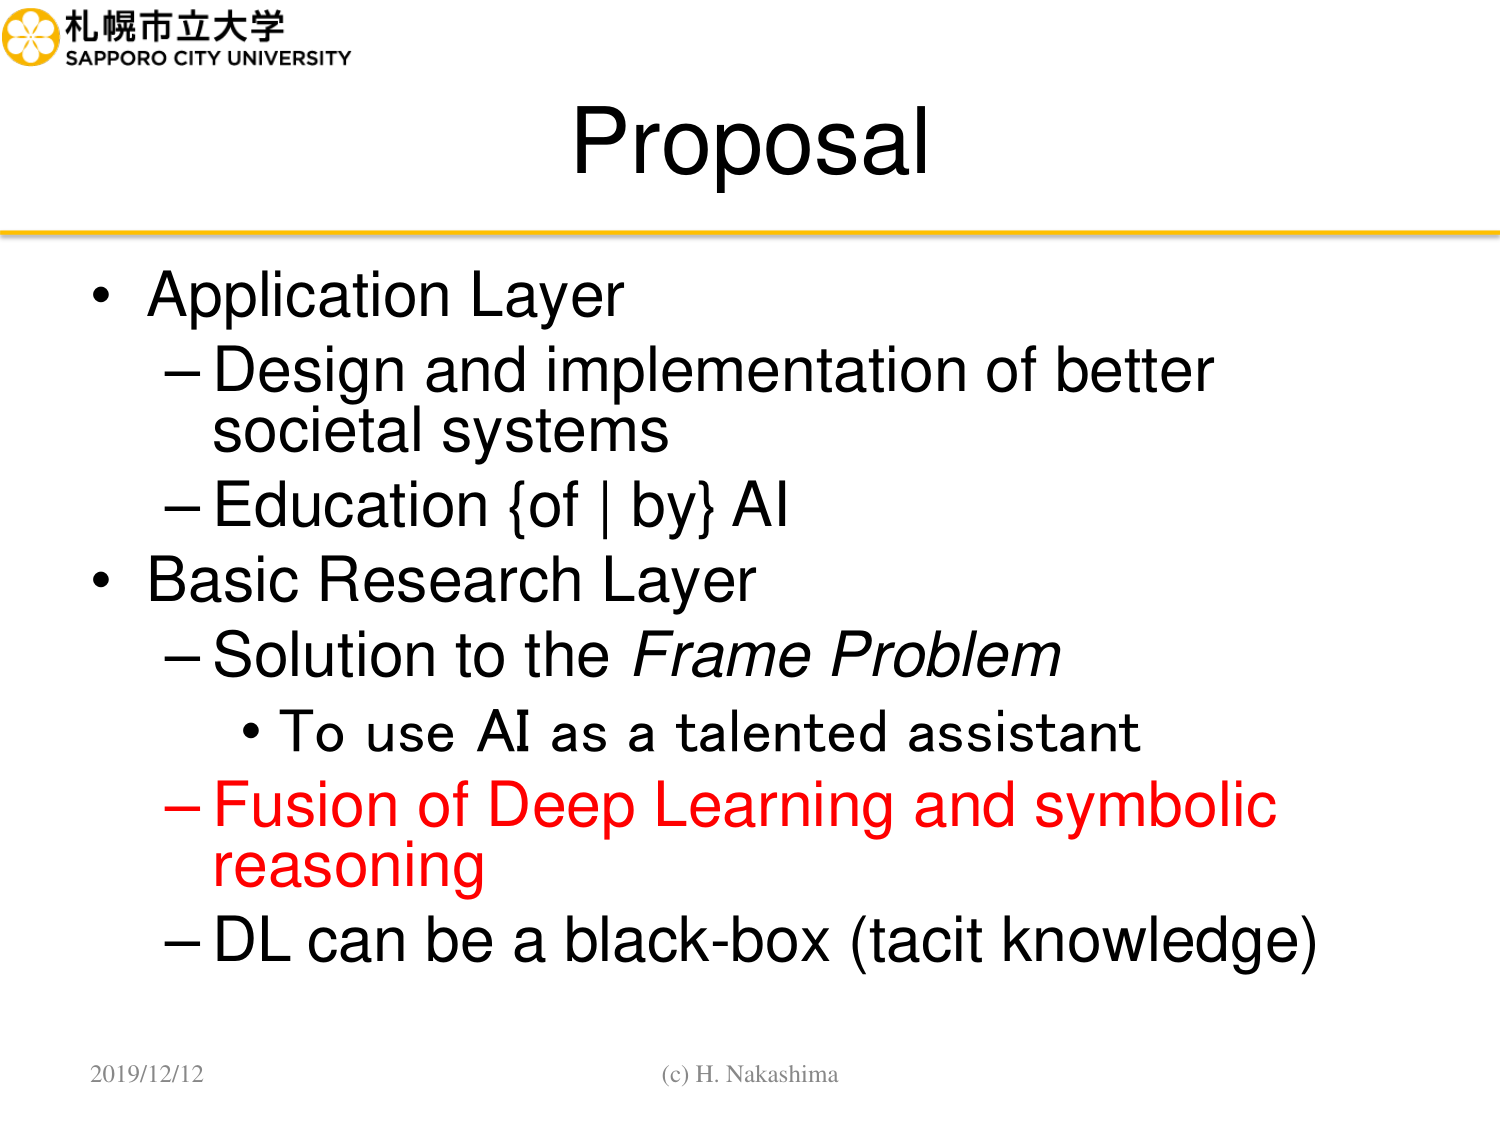
札幌市立大学
SAPPORO CITY UNIVERSITY

Proposal

• Application Layer
  – Design and implementation of better societal systems
  – Education {of | by} AI
• Basic Research Layer
  – Solution to the Frame Problem
    • To use AI as a talented assistant
  – Fusion of Deep Learning and symbolic reasoning
  – DL can be a black-box (tacit knowledge)

2019/12/12
(c) H. Nakashima